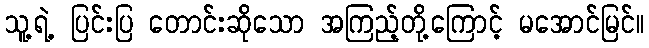
သူ့ရဲ့ ပြင်းပြ တောင်းဆိုသော အကြည့်တို့ကြောင့် မအောင်မြင်။